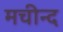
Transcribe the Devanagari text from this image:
मचीन्‍द